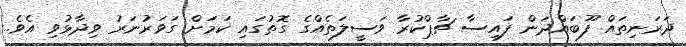
ދަރަނިތައް ފޫބައްދަން ފައިސާ ޗާޕްކުރާ ވަސީލަތެއްގެ ގޮތުގައި ކަމަށް ގަވަރުނަރު ވިދާޅުވި އެވެ.